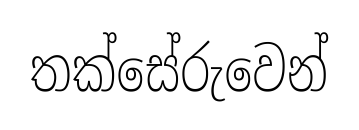
තක්සේරුවෙන්